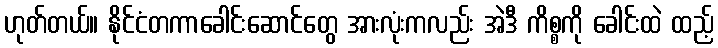
ဟုတ်တယ်။ နိုင်ငံတကာခေါင်းဆောင်တွေ အားလုံးကလည်း အဲဒီ ကိစ္စကို ခေါင်းထဲ ထည့်